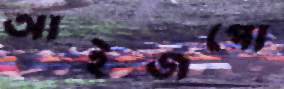
আইজপো